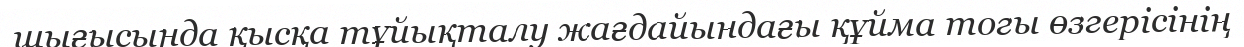
шығысында қысқа тұйықталу жағдайындағы құйма тогы өзгерісінің